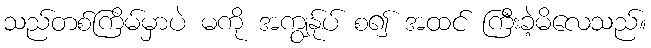
သည်တစ်ကြိမ်မှာပဲ မကို အကျွန်ုပ် စ၍ အထင် ကြီးခဲ့မိလေသည်။